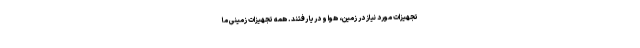
تجهیزات مورد نیاز در زمین، هوا و دریا رفتند. همه تجهیزات زمینی ما